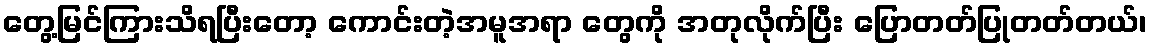
တွေ့မြင်ကြားသိရပြီးတော့ ကောင်းတဲ့အမူအရာ တွေကို အတုလိုက်ပြီး ပြောတတ်ပြုတတ်တယ်၊